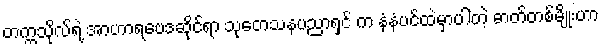
တက္ကသိုလ်ရဲ့ အာဟာရဗေဒဆိုင်ရာ သုတေသနပညာရှင် က နံနံပင်ထဲမှာပါတဲ့ ဓာတ်တစ်မျိုးဟာ